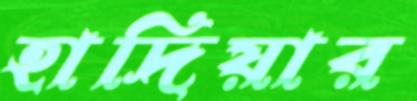
হাদিয়ার